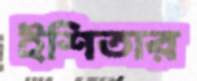
ইশিতার